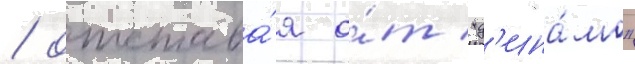
/ отстава́я о́т "д'ина́мо"